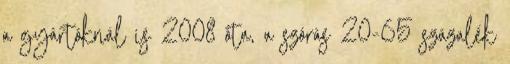
a gyártóknál is 2008 óta, a szórás 20-65 százalék